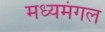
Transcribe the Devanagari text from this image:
मध्यमंगल